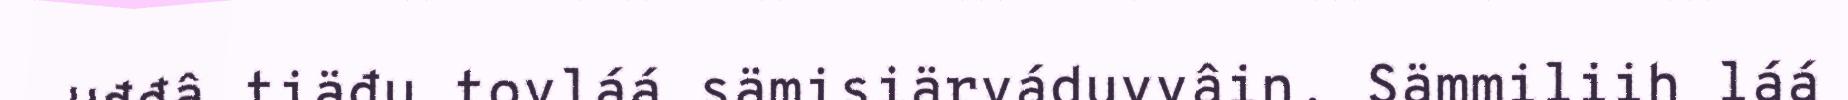
uđđâ tiäđu tovláá sämisiärváduvvâin. Sämmiliih láá